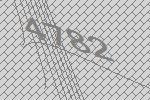
4782